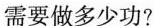
需要做多少功?